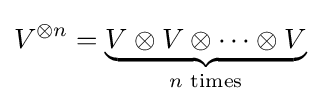
V^{\otimes n}=\underbrace {V\otimes V\otimes \cdots \otimes V} _{n{\text{ times}}}